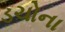
ડચોના